Report of the Indian Hemp Drugs Commission, 1894-1895 - Volume III
Year: 1894
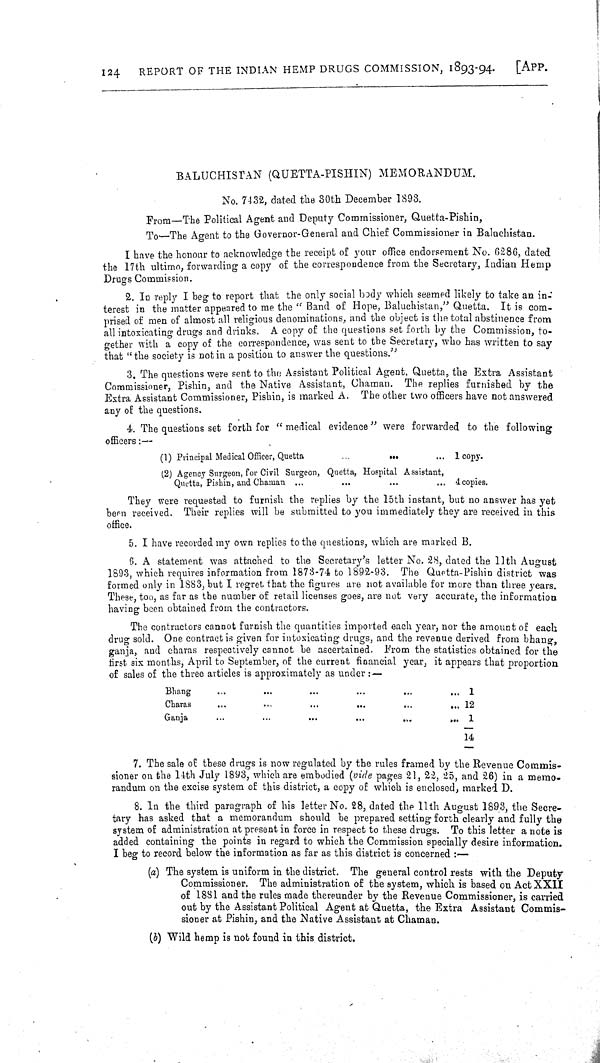
124
REPORT OF THE INDIAN HEMP DRUGS COMMISSION, 1893-94.
[APP.
BALUCHISTAN (QUETTA-PISHIN) MEMORANDUM.
No. 7432, dated the 30th December 1893.
From—The Political Agent and Deputy Commissioner, Quetta-Pishin,
To—The Agent to the Governor-General and Chief Commissioner in Baluchistan.
I have the honour to acknowledge the receipt of your office endorsement No. 6286, dated
the 17th ultimo, forwarding a copy of the correspondence from the Secretary, Indian Hemp
Drugs Commission.
2. In reply I beg to report that the only social body which seemed likely to take an in-
terest in the matter appeared to me the " Band of Hope, Baluchistan," Quetta. It is com-
prised of men of almost all religious denominations, and the object is the total abstinence from
all intoxicating drugs and drinks. A copy of the questions set forth by the Commission, to-
gether with a copy of the correspondence, was sent to the Secretary, who has written to say
that "the society is not in a position to answer the questions."
3. The questions were sent to the Assistant Political Agent, Quetta, the Extra Assistant
Commissioner, Pishin, and the Native Assistant, Chaman. The replies furnished by the
Extra Assistant Commissioner, Pishin, is marked A. The other two officers have not answered
any of the questions.
4. The questions set forth for "medical evidence" were forwarded to the following
officers:—
(1) Principal Medical Officer, Quetta
1 copy.
(2) Agency Surgeon, for Civil Surgeon, Quetta, Hospital Assistant,
Quetta, Pishin, and Chaman
4 copies.
They were requested to furnish the replies by the 15th instant, but no answer has yet
been received. Their replies will be submitted to you immediately they are received in this
office.
5. I have recorded my own replies to the questions, which are marked B.
6. A statement was attached to the Secretary's letter No. 28, dated the 11th August
1893, which requires information from 1873-74 to 1892-93. The Quetta-Pishin district was
formed only in 1883, but I regret that the figures are not available for more than three years.
These, too, as far as the number of retail licenses goes, are not very accurate, the information
having been obtained from the contractors.
The contractors cannot furnish the quantities imported each year, nor the amount of each
drug sold. One contract is given for intoxicating drugs, and the revenue derived from bhang,
ganja, and charas respectively cannot be ascertained. From the statistics obtained for the
first six months, April to September, of the current financial year, it appears that proportion
of sales of the three articles is approximately as under:—
Bhang
1
Charas
12
Ganja
1
14
7. The sale of these drugs is now regulated by the rules framed by the Revenue Commis-
sioner on the 14th July 1893, which are embodied (vide pages 21, 22, 25, and 26) in a memo-
randum on the excise system of this district, a copy of which is enclosed, marked D.
8. In the third paragraph of his letter No. 28, dated the 11th August 1893, the Secre-
tary has asked that a memorandum should be prepared setting forth clearly and fully the
system of administration at present in force in respect to these drugs. To this letter a note is
added containing the points in regard to which the Commission specially desire information.
I beg to record below the information as far as this district is concerned:—
(a) The system is uniform in the district. The general control rests with the Deputy
Commissioner. The administration of the system, which is based on Act XXII
of 1881 and the rules made thereunder by the Revenue Commissioner, is carried
out by the Assistant Political Agent at Quetta, the Extra Assistant Commis-
sioner at Pishin, and the Native Assistant at Chaman.
(b) Wild hemp is not found in this district.